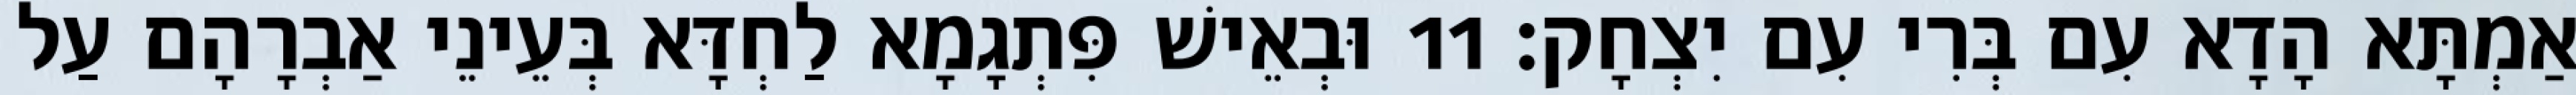
אַמְתָּא הָדָא עִם בְּרִי עִם יִצְחָק׃ 11 וּבְאֵישׁ פִּתְגָמָא לַחְדָּא בְּעֵינֵי אַבְרָהָם עַל